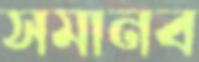
সমানব